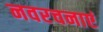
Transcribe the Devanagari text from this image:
नवरचनाएं